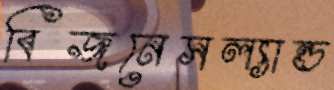
বিজনেসল্যান্ড